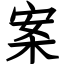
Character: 案